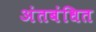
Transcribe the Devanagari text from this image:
अंतबंधित